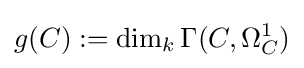
g(C):=\dim _{k}\Gamma (C,\Omega _{C}^{1})